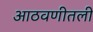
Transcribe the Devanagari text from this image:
आठवणीतली